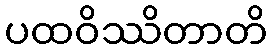
ပထဝိဿိတာတိ